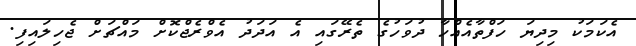
އެކަމަކު މިދިޔަ ހަފްތާއެއްހާ ދުވަހުގެ ތެރޭގައި އެ އަދަދު އެވްރެޖްކޮށް މައްޗަށް ޖެހިލައިފި.